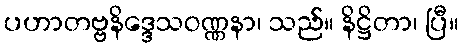
ပဟာတဗ္ဗနိဒ္ဒေသဝဏ္ဏနာ၊ သည်။ နိဋ္ဌိတာ၊ ပြီ။